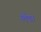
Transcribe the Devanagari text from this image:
लेंडा